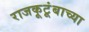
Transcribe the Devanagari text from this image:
राजकूटूंबाच्या